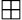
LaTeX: \boxplus